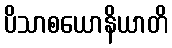
ပိသာစယောနိယာတိ